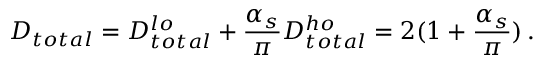
D _ { t o t a l } = D _ { t o t a l } ^ { l o } + { \frac { \alpha _ { s } } { \pi } } D _ { t o t a l } ^ { h o } = 2 ( 1 + { \frac { \alpha _ { s } } { \pi } } ) \, .